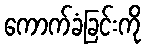
ကောက်ခံခြင်းကို